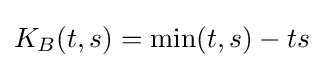
K_{B}(t,s)=\min(t,s)-ts